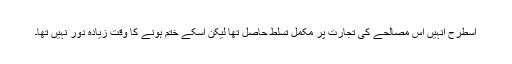
اسطرح انہیں اس مصالحے کی تجارت پر مکمل تسلط حاصل تھا لیکن اسکے ختم ہونے کا وقت زیادہ دور نہیں تھا۔